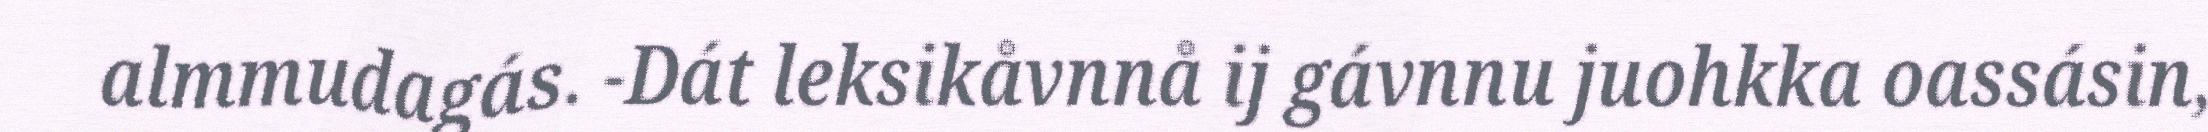
almmudagás. -Dát leksikåvnnå ij gávnnu juohkka oassásin,